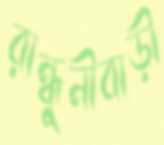
রান্ধুনীবাড়ী